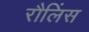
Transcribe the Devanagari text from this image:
रौलिंस